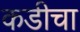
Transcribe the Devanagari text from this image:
कडीचा